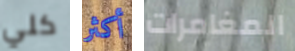
كلي أكثر المغامرات